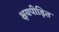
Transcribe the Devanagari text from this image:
क्षयपीड़ित